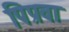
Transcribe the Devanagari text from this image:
पिप्रवा